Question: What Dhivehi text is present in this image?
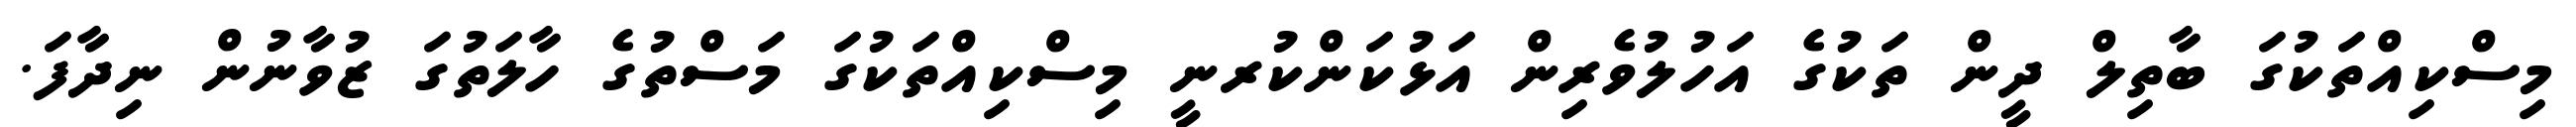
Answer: މިސްކިއްތަކުގަ ބާތިލް ދީން ތަކުގެ އަހުލުވެރިން އަޅުކަންކުރނީ މިސްކިއްތަކުގަ މަސްތުގެ ހާލަތުގަ ޒުވާނުން ނިދާފަ.